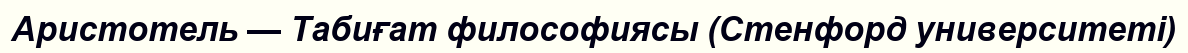
Аристотель — Табиғат философиясы (Стенфорд университеті)